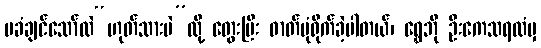
မခံချင်သော်လဲ“ဟုတ်သားပဲ”လို့ တွေးပြီး ဓာတ်ပုံရိုက်ခဲ့ပါတယ်၊ ရွှေဘို ဦးကေသရထံမှ